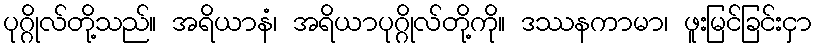
ပုဂ္ဂိုလ်တို့သည်။ အရိယာနံ၊ အရိယာပုဂ္ဂိုလ်တို့ကို။ ဒဿနကာမာ၊ ဖူးမြင်ခြင်းငှာ